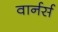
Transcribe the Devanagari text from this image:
वार्नर्स